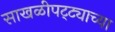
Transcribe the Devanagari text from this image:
साखळीपट्ट्याच्या